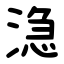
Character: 㴔